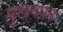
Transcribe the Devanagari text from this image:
मुखयपत्र